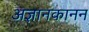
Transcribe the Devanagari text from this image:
अज्ञानकानन